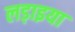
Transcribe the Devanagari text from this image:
लड़ाइया